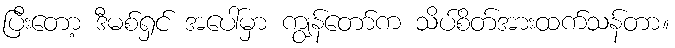
ပြီးတော့ ဒီမစ်ရှင် အပေါ်မှာ ကျွန်တော်က သိပ်စိတ်အားထက်သန်တာ။